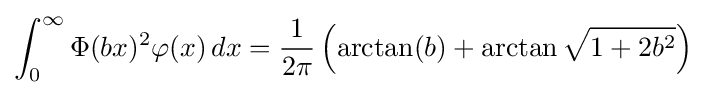
\int _{0}^{\infty }\Phi (bx)^{2}\varphi (x)\,dx={\frac {1}{2\pi }}\left(\arctan(b)+\arctan {\sqrt {1+2b^{2}}}\right)